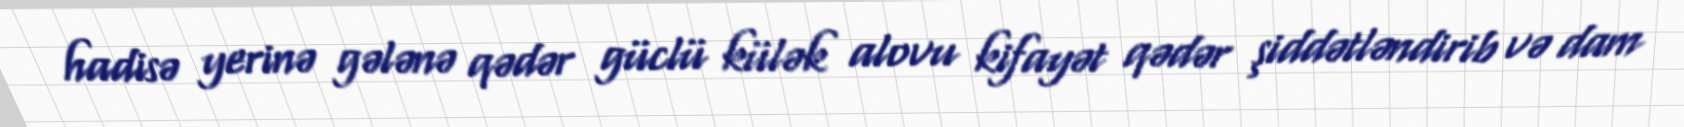
hadisə yerinə gələnə qədər güclü külək alovu kifayət qədər şiddətləndirib və dam